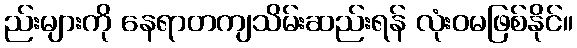
ည်းများကို နေရာတကျသိမ်းဆည်းရန် လုံးဝမဖြစ်နိုင်။